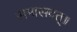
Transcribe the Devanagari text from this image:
समासदत्॥